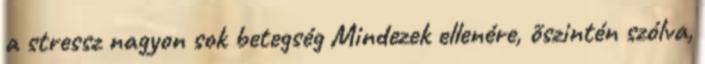
a stressz nagyon sok betegség Mindezek ellenére, õszintén szólva,